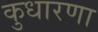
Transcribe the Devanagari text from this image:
कुधारणा